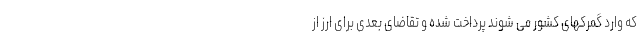
که وارد گمرکهای کشور می شوند پرداخت شده و تقاضای بعدی برای ارز از